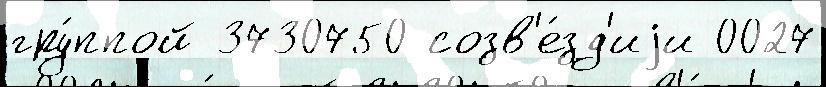
гру́ппой 3730750 созв'е́зд'иjи 0027